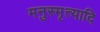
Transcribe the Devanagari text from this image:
मनुस्मृत्यादि